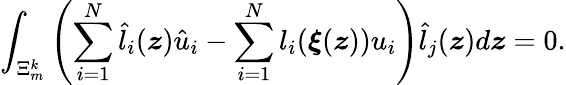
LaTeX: \int_{\Xi_{m}^{k}}\left(\sum_{i=1}^{N}\hat{l}_{i}(\boldsymbol{z})\hat{u}_{i}-\sum_{i=1}^{N}l_{i}(\boldsymbol{\xi}(\boldsymbol{z}))u_{i}\right)\hat{l}_{j}(\boldsymbol{z})d\boldsymbol{z}=0.